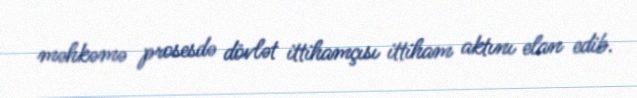
məhkəmə prosesdə dövlət ittihamçısı ittiham aktını elan edib.